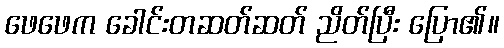
ဖေဖေက ခေါင်းတဆတ်ဆတ် ညိတ်ပြီး ပြော၏။